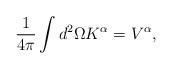
LaTeX: \begin{align*}\frac{1}{4\pi}\int d^{2}\Omega K^{\alpha}=V^{\alpha},\end{align*}